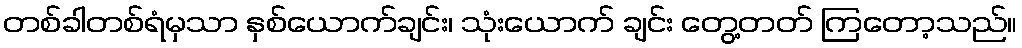
တစ်ခါတစ်ရံမှသာ နှစ်ယောက်ချင်း၊ သုံးယောက် ချင်း တွေ့တတ် ကြတော့သည်။